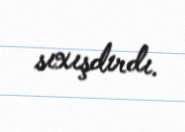
sıxışdırdı.